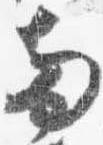
両